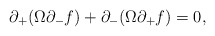
\begin{align*}\partial_+ ( \Omega \partial_- f )+ \partial_- ( \Omega \partial_+ f ) = 0 ,\end{align*}